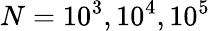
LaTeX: N=10^{3},10^{4},10^{5}